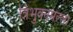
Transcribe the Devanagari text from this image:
त्रिभुवनमल्‍ला